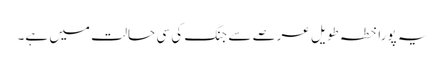
یہ پورا خطہ طویل عرصے سے جنگ کی سی حالت میں ہے۔